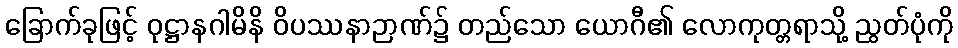
ခြောက်ခုဖြင့် ဝုဋ္ဌာနဂါမိနိ ဝိပဿနာဉာဏ်၌ တည်သော ယောဂီ၏ လောကုတ္တရာသို့ ညွတ်ပုံကို